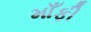
માઁફી